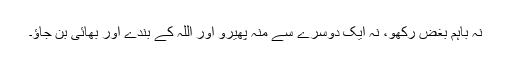
نہ باہم بغض رکھو، نہ ایک دوسرے سے منہ پھیرو اور اللہ کے بندے اور بھائی بن جاؤ۔